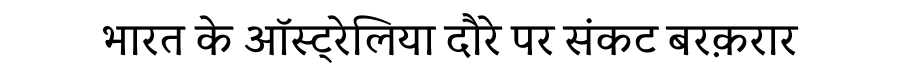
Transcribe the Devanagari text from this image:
भारत के ऑस्ट्रेलिया दौरे पर संकट बरक़रार